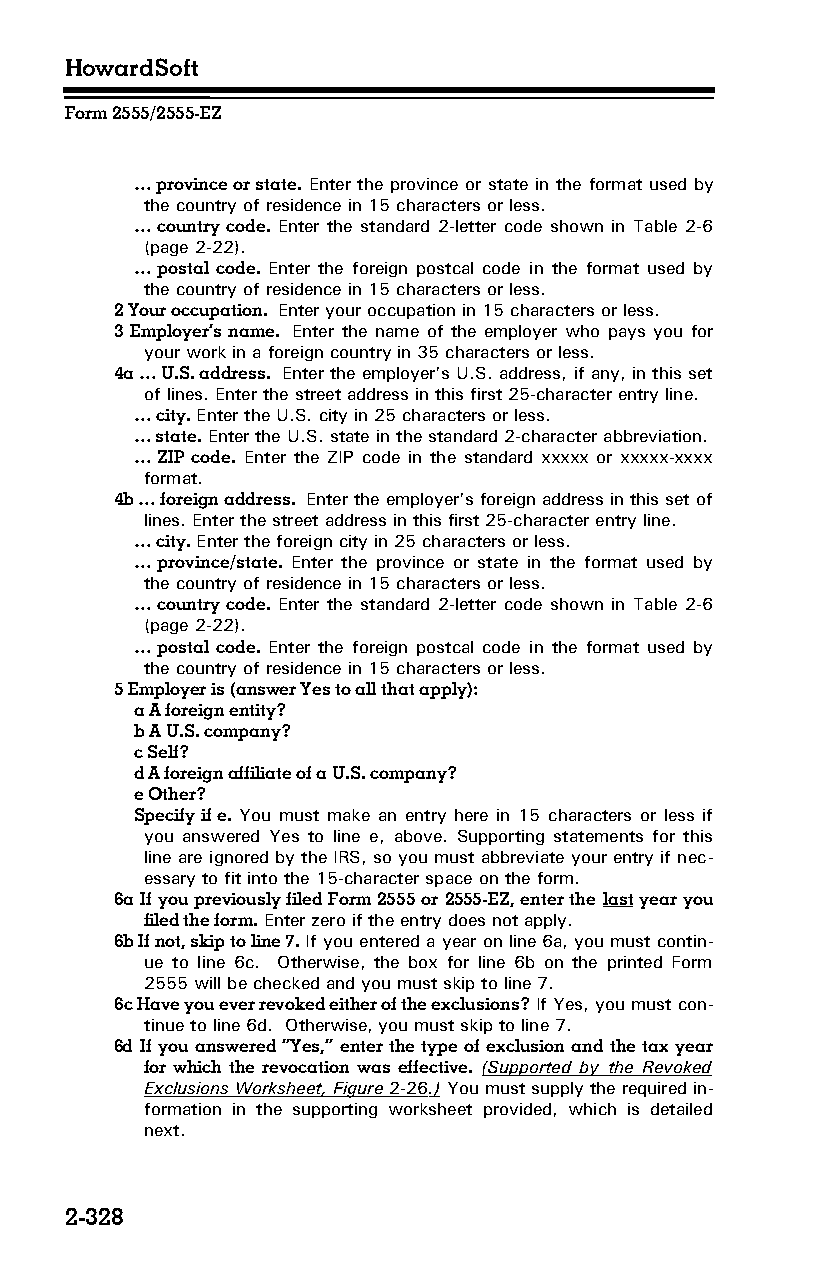
HowardSoft
 Form 2555/2555-EZ
 … province or state. Enter the province or state in the format used by
 the country of residence in 15 characters or less.
 … country code. Enter the standard 2-letter code shown in Table 2-6
 (page 2-22).
 … postal code. Enter the foreign postcal code in the format used by
 the country of residence in 15 characters or less.
 2 Your occupation. Enter your occupation in 15 characters or less.
 3 Employer’s name. Enter the name of the employer who pays you for
 your work in a foreign country in 35 characters or less.
 4a … U.S. address. Enter the employer’s U.S. address, if any, in this set
 of lines. Enter the street address in this first 25-character entry line.
 … city. Enter the U.S. city in 25 characters or less.
 … state. Enter the U.S. state in the standard 2-character abbreviation.
 … ZIP code. Enter the ZIP code in the standard xxxxx or xxxxx-xxxx
 format.
 4b … foreign address. Enter the employer’s foreign address in this set of
 lines. Enter the street address in this first 25-character entry line.
 … city. Enter the foreign city in 25 characters or less.
 … province/state. Enter the province or state in the format used by
 the country of residence in 15 characters or less.
 … country code. Enter the standard 2-letter code shown in Table 2-6
 (page 2-22).
 … postal code. Enter the foreign postcal code in the format used by
 the country of residence in 15 characters or less.
 5 Employer is (answer Yes to all that apply):
 a A foreign entity?
 b A U.S. company?
 c Self?
 d A foreign affiliate of a U.S. company?
 e Other?
 Specify if e. You must make an entry here in 15 characters or less if
 you answered Yes to line e, above. Supporting statements for this
 line are ignored by the IRS, so you must abbreviate your entry if nec­
 essary to fit into the 15-character space on the form.
 6a If you previously filed Form 2555 or 2555-EZ, enter the last year you
 filed the form. Enter zero if the entry does not apply.
 6b If not, skip to line 7. If you entered a year on line 6a, you must contin­
 ue to line 6c. Otherwise, the box for line 6b on the printed Form
 2555 will be checked and you must skip to line 7.
 6c Have you ever revoked either of the exclusions? If Yes, you must con­
 tinue to line 6d. Otherwise, you must skip to line 7.
 6d If you answered “Yes,” enter the type of exclusion and the tax year
 for which the revocation was effective. (Supported by the Revoked
 Exclusions Worksheet, Figure 2-26 .) You must supply the required in­
 formation in the supporting worksheet provided, which is detailed
 next.
 2-328